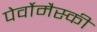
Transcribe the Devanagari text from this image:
पेर्वोमैस्की